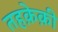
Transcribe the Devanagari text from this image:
तहक़ेक़ी